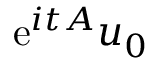
\ensuremath { \mathrm { e } } ^ { i t A } u _ { 0 }